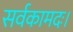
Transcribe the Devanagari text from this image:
सर्वकामदः।